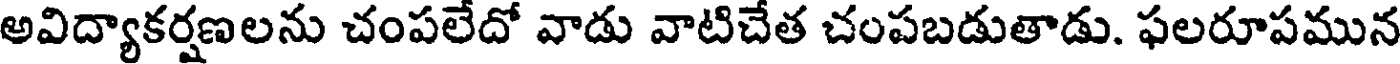
అవిద్యాకర్షణలను చంపలేదో వాడు వాటిచేత చంపబడుతాడు. ఫలరూపమున